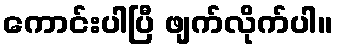
ကောင်းပါပြီ ဖျက်လိုက်ပါ။